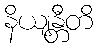
နိယျန္တီတိ